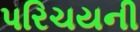
પરિચયની